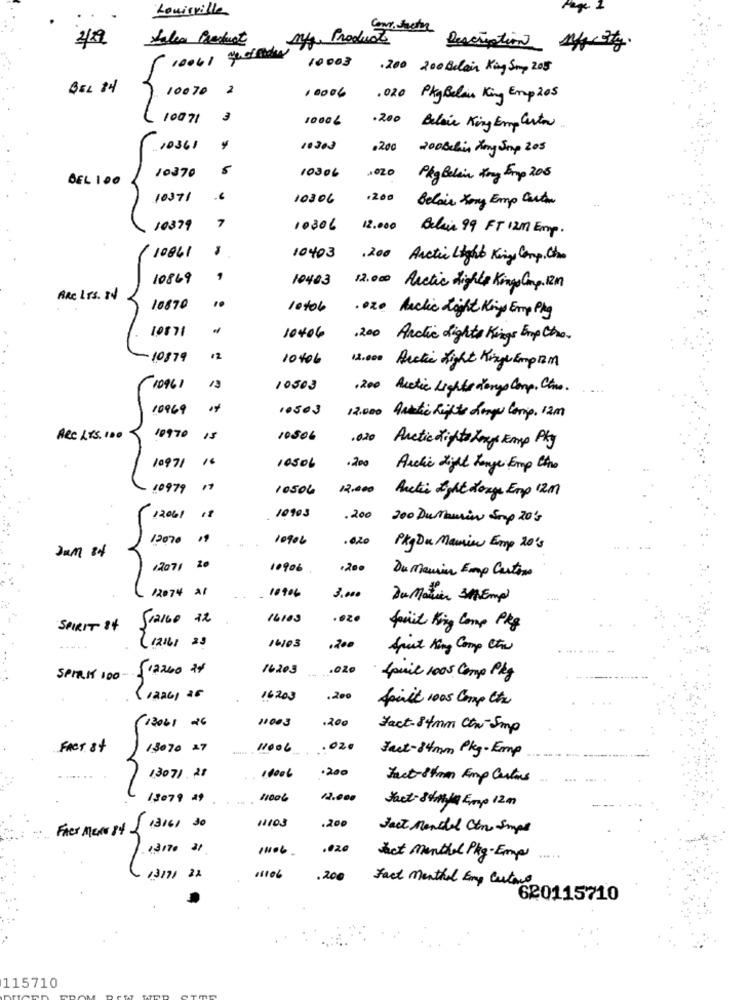
Louisville
2/9
falea Product
Aff Product
Description 1f isty.
10041 quedar
10003
.200 200 Belain King Smy 2015
-
BEL 84
10070
10006
. 020 PkyBelan King Emp 205
10071
3
1000 L
.200
Belais King Emplarton.
10361
10303
.200
200Behin Jong Sup 205
10306
1020
BEL 100
10370
Pkg Belain Kny Frp 205
10371
10306
.200
Belair Kong Emp Curta
10379
7
10306
12.000 Belin 99 FT 12m Emp.
10861
10403
, 200 Arctic Light Kings Camp, Che
10869
10403
12.000 Arctic Lights Kings Camp. 12M
ARE LTS. 84
10870
10406
. ore Anclic Light Kings Emp Phy
10871
10406
,200 Andlic Lights Kings Emp Cho.
10879
10406
18.000 Arctic Light Kinge Empzm
10961
13
10503
.200 Acetic Lights Longs Comp. Cine.
10969
10503
12.000 Antartic Rights Large Conip. 12m
ARC .55.100
19970
15
10506
.020
Arctic Highto Long Emp Pky
.200
10971
10506
Auchic Light Longe Emp the
10979
17
10506
12.000
Antis Light Longe Emp 12 m
12061
18
10903
.200
200 Dutaurin Soup 20's
12070
10906
.020
Jam 84
PkgDu Maurie Emp 20's
/2071 20
10906
Du Menin Emp Cartons
12074 21
10906
3.000
Du Marier 31Empi
SparGo 32
16103
.02.
SPIRIT 84
fait King Comp Pkg
12161 23
16/03
.200
Spuit King Comp Che
512260 24
16203
.020
SPIRK 100 -.
Jpuil 1005 Comp Pkg
1226, 25
16.203
.200
finit 1005 Comp the
11003
.200
13061 26
Fact-84mm Ctn-Smp
FACT 8+
13070 27
11006
.020
Fact-84mm Ply-Emp
.200
13071 .21
10006
Fact-Strom Emp Cartons
13079 49
11006
12.000
Fact-84 Emp 12 m
11103
.200
Fler Man 84-
13161 30
Fact Mendel Ctn Smps
13170 21
.020
het menthal Pkg-Empl ....
13171 22
11106
.200
Fact Menthol Emp Castano
620115710
115710